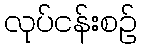
လုပ်ငန်းစဉ်